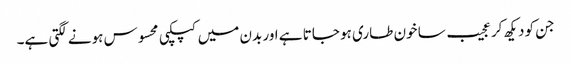
جن کو دیکھ کر عجیب سا خون طاری ہو جاتا ہے اور بدن میں کپکپی محسوس ہونے لگتی ہے۔